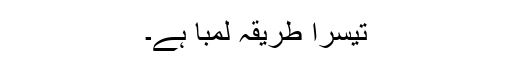
تیسرا طریقہ لمبا ہے۔